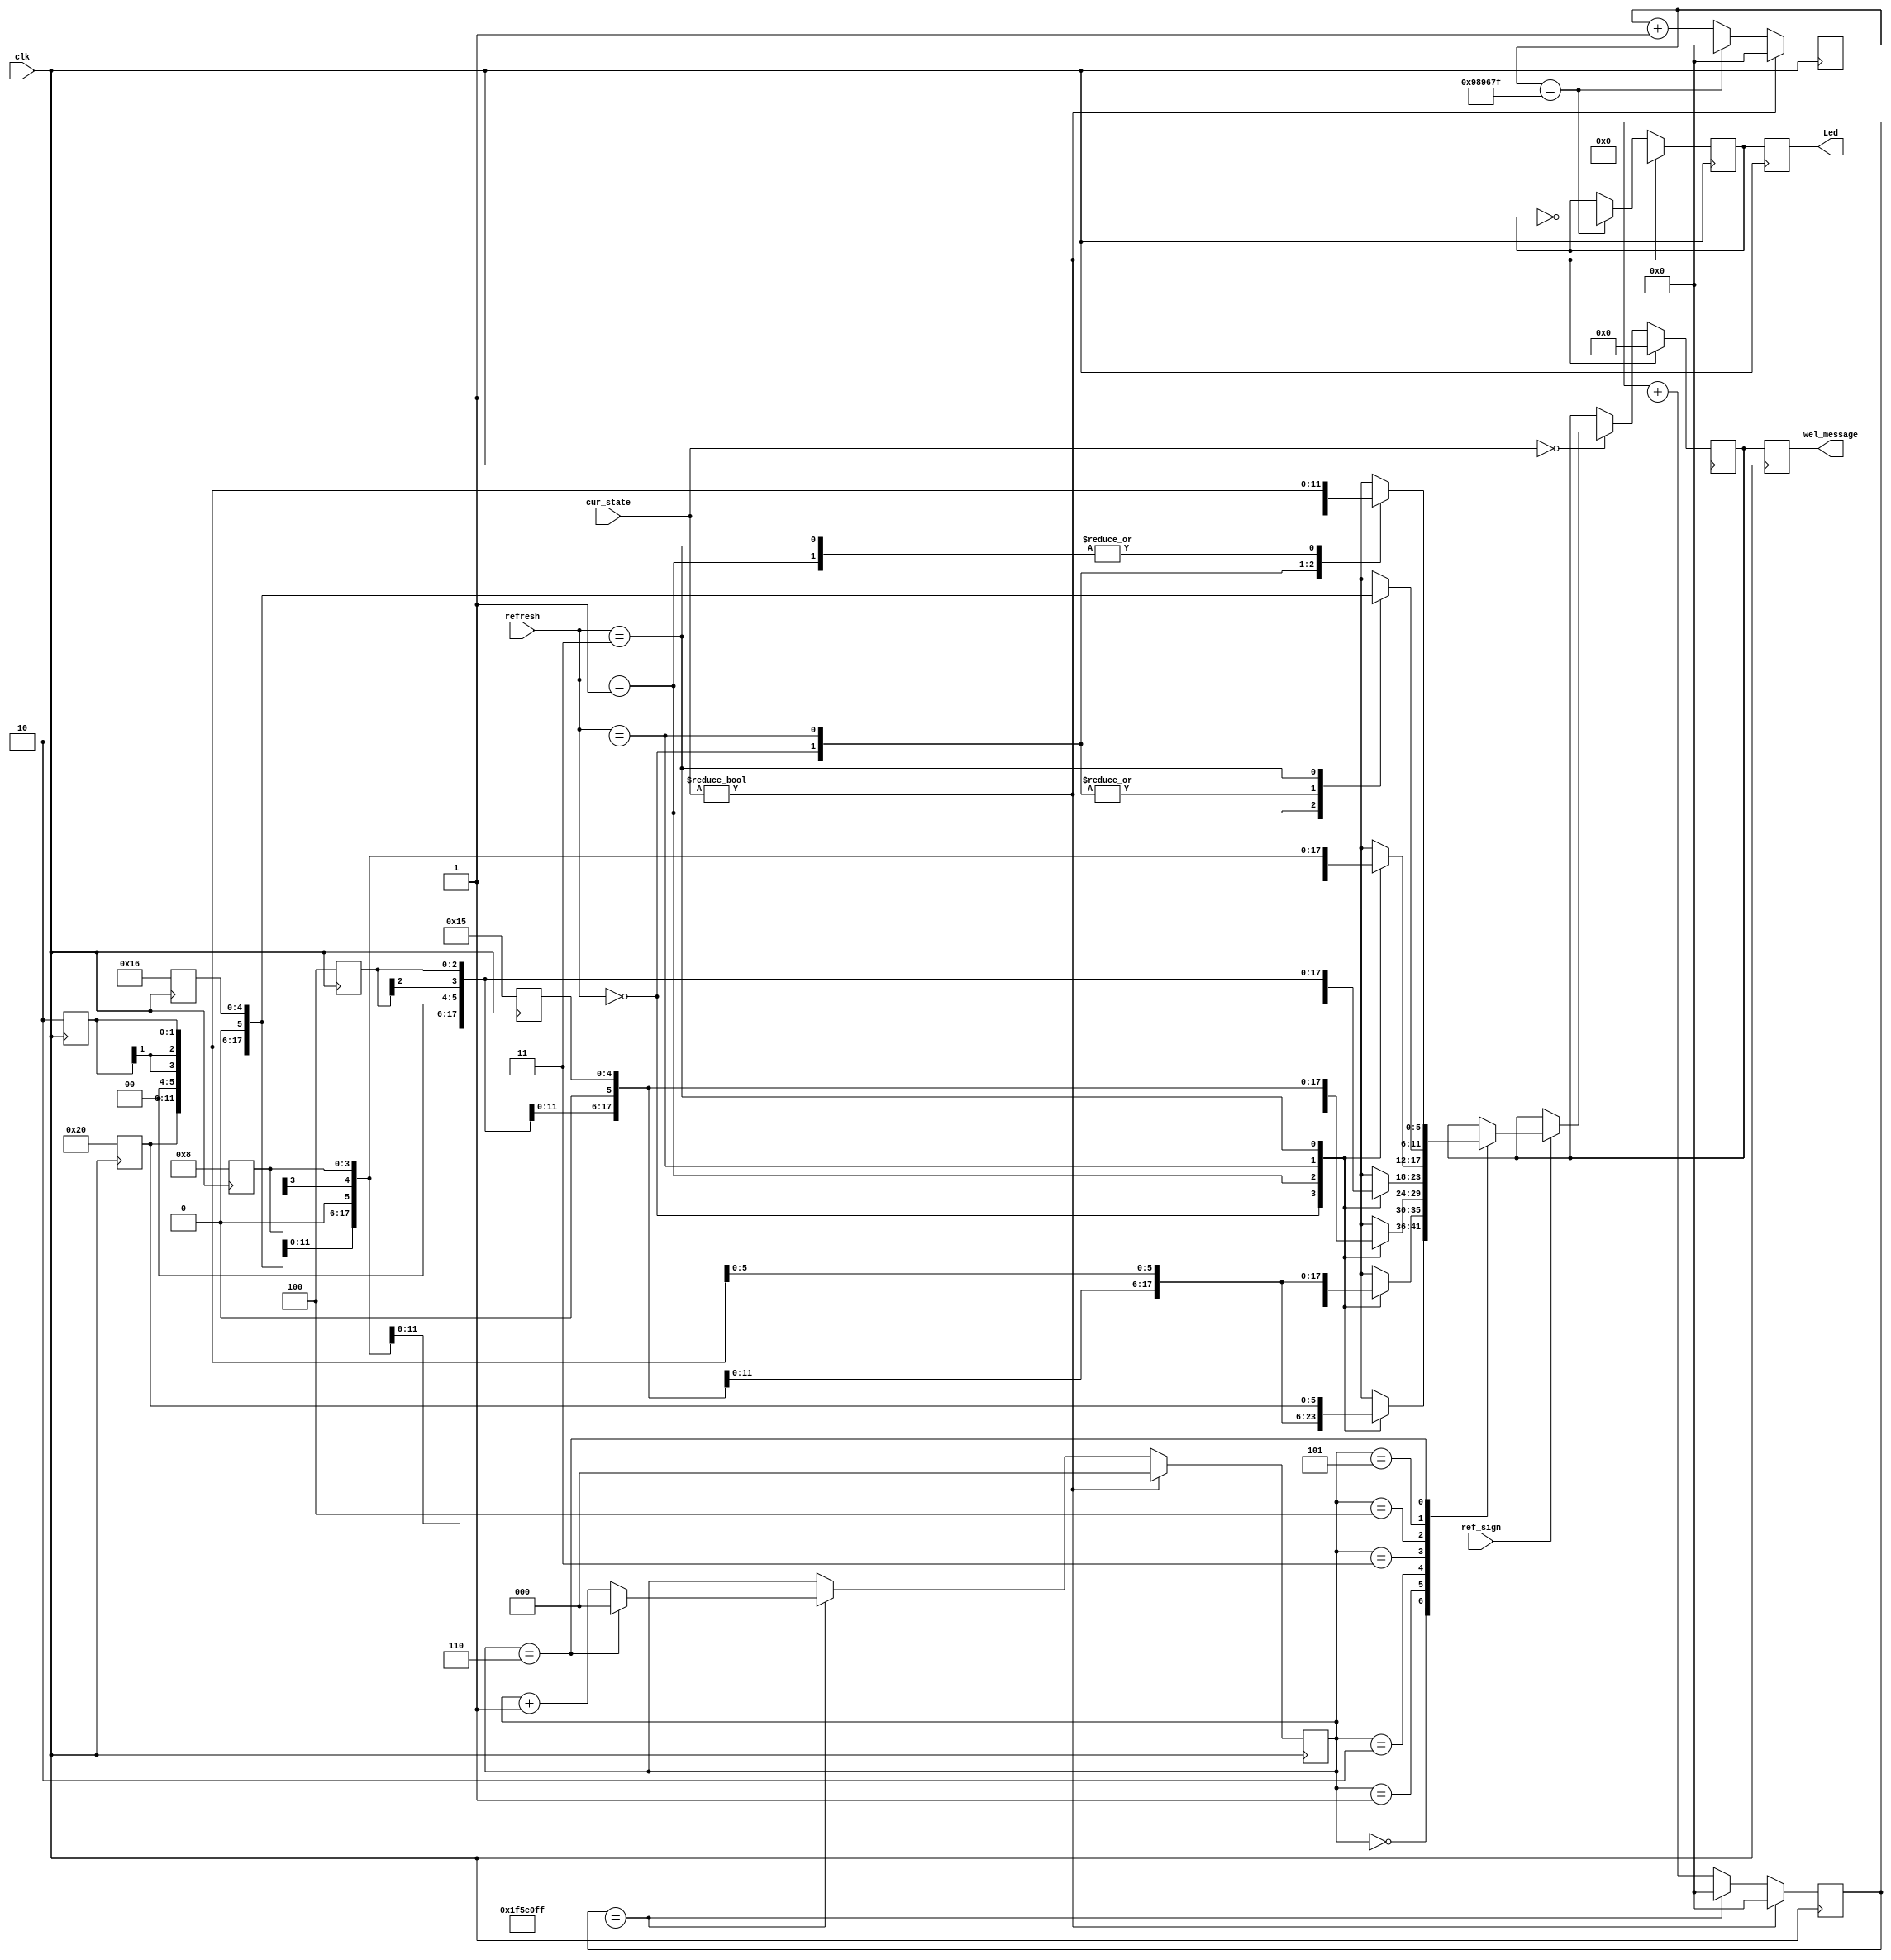
module Welcome(
input		clk,
input	[3:0] cur_state,
input	[1:0] refresh,
input			ref_sign,
output	reg [5:0]	wel_message,
output	reg [7:0]	Led
	 );

parameter WELCOME = 4'b0000, GAME = 4'b0001, SCORE = 4'b0010, ERROR = 4'b0011, COIN = 4'b0100;

reg	[25:0] cnt = 26'h0;	//ʱ
reg	[25:0] cnt2 = 26'h0;	//ʱ
reg	[2:0]  count = 3'h0; //
reg	[5:0]	 mes = 6'h0;
reg	[7:0]	 light = 8'h0;

reg	[5:0]  alphaE = 6'd14;//ĸE
reg	[5:0]	 alphaM = 6'd22;//ĸM
reg	[5:0]	 alphaO = 6'd24;//ĸO
reg	[5:0]	 alphaC = 6'd12;//ĸC
reg	[5:0]	 alphaL = 6'd21;//ĸL
reg	[5:0]	 alphaW = 6'd32;//ĸW

always@(posedge clk)
	begin
		alphaE <= 6'd14;//ĸE
		alphaM <= 6'd22;//ĸM
		alphaO <= 6'd24;//ĸO
		alphaC <= 6'd12;//ĸC
		alphaL <= 6'd21;//ĸL
		alphaW <= 6'd32;//ĸW
	end

always@(posedge clk)
	begin
		if(cur_state != WELCOME)
			cnt <= 26'h0;
		else if(cnt == 26'd99_999_999)
			cnt <= 26'h0;
		else
			cnt <= cnt + 26'h1;
	end

always@(posedge clk)
	begin
		if(cur_state != WELCOME)
			count <= 3'h0;
		else if(cnt == 26'd99_999_999)
			if(count == 3'h6)
				count <= 3'h0;
			else
				count <= count + 3'h1;
		else
			count <= count;
	end
	

always@(posedge clk)
	begin
		if(cur_state != WELCOME)
			mes <= 6'h0;
		else if(cur_state == WELCOME)
			if(ref_sign)
			begin
				case(count)
					3'h0: 
						case(refresh)
							2'h0: mes <= alphaC;
							2'h1: mes <= alphaL;
							2'h2: mes <= alphaE;
							2'h3: mes <= alphaW;
						endcase
					3'h1:	
						case(refresh)
							2'h0: mes <= alphaO;
							2'h1: mes <= alphaC;
							2'h2: mes <= alphaL;
							2'h3: mes <= alphaE;
						endcase
					3'h2: 
						case(refresh)
							2'h0: mes <= alphaM;
							2'h1: mes <= alphaO;
							2'h2: mes <= alphaC;
							2'h3: mes <= alphaL;
						endcase
					3'h3:	
						case(refresh)
							2'h0: mes <= alphaE;
							2'h1: mes <= alphaM;
							2'h2: mes <= alphaO;
							2'h3: mes <= alphaC;
						endcase
					3'h4: 
						case(refresh)
							2'h0: mes <= alphaW;
							2'h1: mes <= alphaE;
							2'h2: mes <= alphaM;
							2'h3: mes <= alphaO;
						endcase
					3'h5: 
						case(refresh)
							2'h0: mes <= alphaE;
							2'h1: mes <= alphaW;
							2'h2: mes <= alphaE;
							2'h3: mes <= alphaM;
						endcase
					3'h6: 
						case(refresh)
							2'h0: mes <= alphaL;
							2'h1: mes <= alphaE;
							2'h2: mes <= alphaW;
							2'h3: mes <= alphaE;
						endcase
				endcase
			end
		else
			mes <= mes;
	end

always@(posedge clk)
	begin
		wel_message <= mes;
	end


always@(posedge clk)
	begin
		if(cur_state != WELCOME)
			cnt2 <= 26'h0;
		else if(cnt2 == 26'd9_999_999)
			cnt2 <= 26'h0;
		else
			cnt2 <= cnt2 + 26'h1;	
	end

always@(posedge clk)
	begin
		if(cur_state != WELCOME)
			light <= 8'h0;
		else if(cnt2 == 26'd9_999_999)
			light <= ~light;
		else
			light <= light;
	end

always@(posedge clk)
	begin
		Led <= light;
	end
	

endmodule